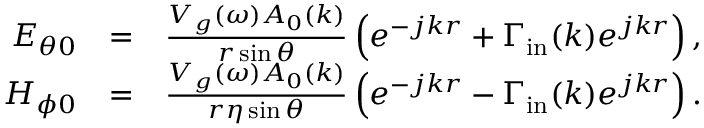
\begin{array} { r l r } { E _ { \theta 0 } } & { = } & { \frac { V _ { g } ( \omega ) A _ { 0 } ( k ) } { r \sin \theta } \left( e ^ { - j k r } + \Gamma _ { \mathrm { i n } } ( k ) e ^ { j k r } \right) , } \\ { H _ { \phi 0 } } & { = } & { \frac { V _ { g } ( \omega ) A _ { 0 } ( k ) } { r \eta \sin \theta } \left( e ^ { - j k r } - \Gamma _ { \mathrm { i n } } ( k ) e ^ { j k r } \right) . } \end{array}